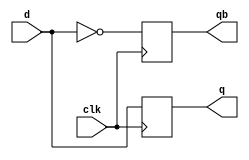
module DFF_edge(
    input d,clk,
    output q,qb
);
    reg q,qb;
    always @(posedge clk)begin
        q<=d;
        qb<=~d;
    end
endmodule